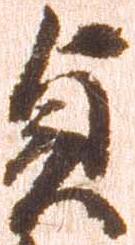
貞